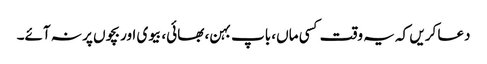
دعا کریں کہ یہ وقت کسی ماں، باپ بہن، بھائی، بیوی اور بچوں پر نہ آئے۔